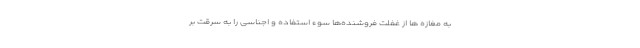
به مغازه ها از غفلت فروشنده‌ها سوء استفاده و اجناسی را به سرقت بر